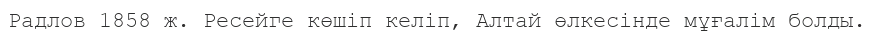
Радлов 1858 ж. Ресейге көшіп келіп, Алтай өлкесінде мұғалім болды.